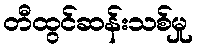
တီထွင်ဆန်းသစ်မှု